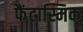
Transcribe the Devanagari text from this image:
फैंटास्मिक